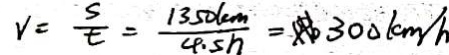
V = \frac { s } { t } = \frac { 1 3 5 0 k m } { 4 . 5 h } = 3 0 0 k m / h